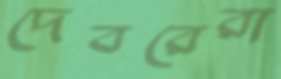
দেবরেরা